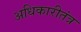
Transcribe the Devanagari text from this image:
अधिकारीतंत्र